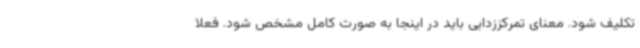
تکلیف شود. معنای تمرکززدایی باید در اینجا به صورت کامل مشخص شود. فعلا